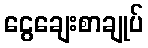
ငွေချေးစာချုပ်